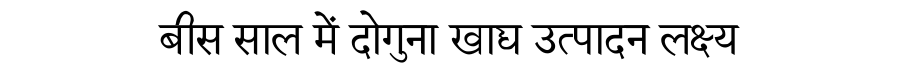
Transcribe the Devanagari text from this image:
बीस साल में दोगुना खाद्य उत्पादन लक्ष्य